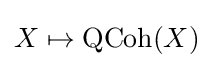
X\mapsto {\textrm {QCoh}}(X)